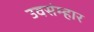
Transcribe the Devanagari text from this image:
उवसंम्हार